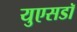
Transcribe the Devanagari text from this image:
युएसडॉ